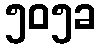
၅၀၅ခ